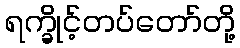
ရက္ခိုင့်တပ်တော်တို့